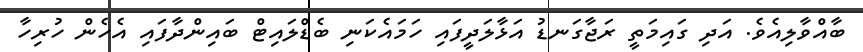
ބާއްވާލިއެވެ. އަދި ގައިމަތީ ރަޖާގަނޑު އަޅާލަދީފައި ހަމައެކަނި ބެޑްލައިޓް ބައިންދާފައި އެހެން ހުރިހާ